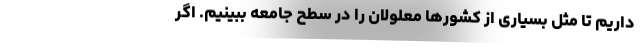
داریم تا مثل بسیاری از کشورها معلولان را در سطح جامعه ببینیم. اگر